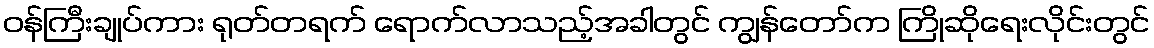
ဝန်ကြီးချုပ်ကား ရုတ်တရက် ရောက်လာသည့်အခါတွင် ကျွန်တော်က ကြိုဆိုရေးလိုင်းတွင်